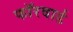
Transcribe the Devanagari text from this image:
फॉरवार्ड